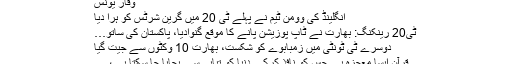
وقار یونس
انگلینڈ کی وومن ٹیم نے پہلے ٹی 20 میں گرین شرٹس کو ہرا دیا
ٹی20 رینکنگ: بھارت نے ٹاپ پوزیشن پانے کا موقع گنوادیا، پاکستان کی ساتو…
دوسرے ٹی ٹونٹی میں زمبابوے کو شکست، بھارت 10 وکٹوں سے جیت گیا
قرآن ایسا معجزہ ہے جس کو نافذ کرکے دنیا کو تباہی سے بچایا جا سکتا ہے، …